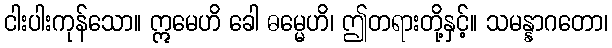
ငါးပါးကုန်သော။ ဣမေဟိ ခေါ ဓမ္မေဟိ၊ ဤတရားတို့နှင့်။ သမန္နာဂတော၊